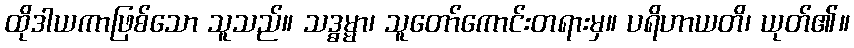
ထိုဒါယကာဖြစ်သော သူသည်။ သဒ္ဓမ္မာ၊ သူတော်ကောင်းတရားမှ။ ပရိဟာယတိ၊ ယုတ်၏။